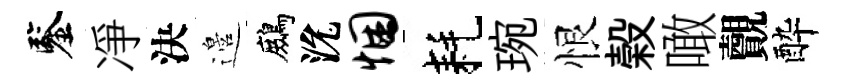
鑒凈決邉鷓沇悃耗琬恨榖噉覿酔